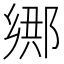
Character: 𲆘